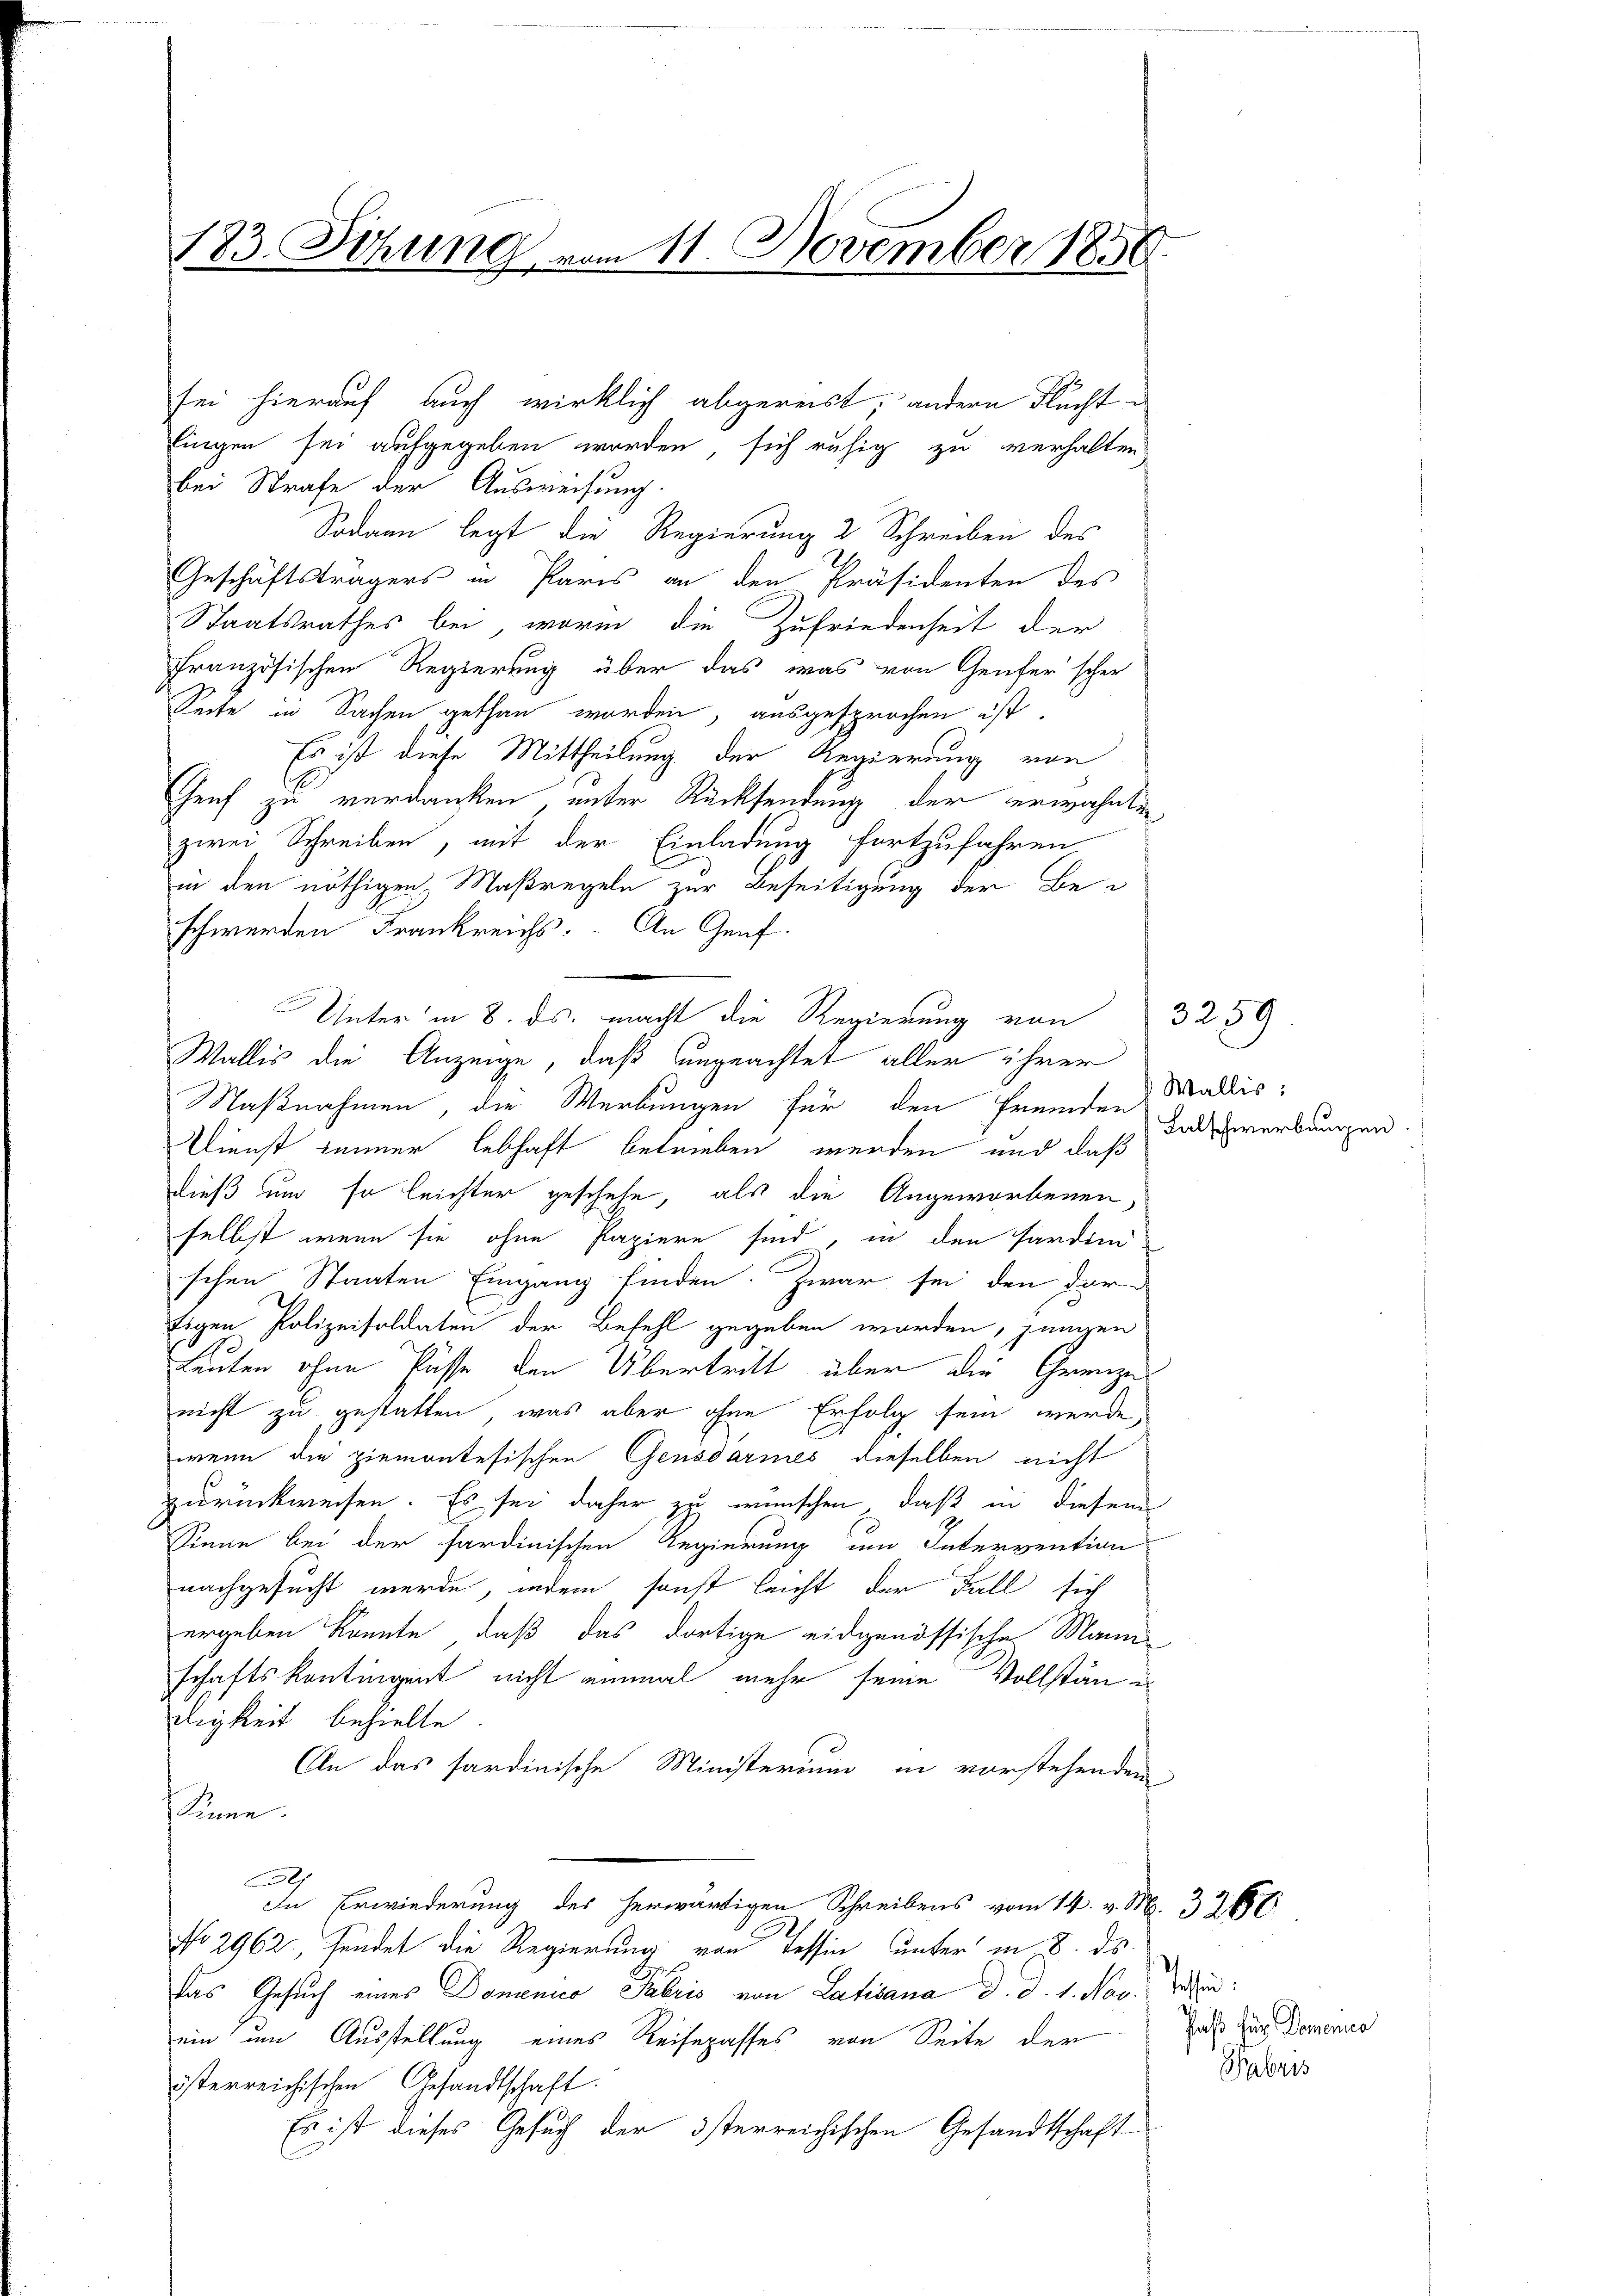
183. Sitzung vom 11. November 1850.

fingen sei aufgegeben worden, sich ruhig zu verhalten
bei Strafe der Ausweisung.
Sodann legt die Regierung 2 Schreiben des
W.
Geschäftsträgers in Paris an den Präsidenten des
Staatsrathes bei, worin die Zufriedenheit der
französischen Regierung über das was von Genfer scher
Seite in Sachen gethan worden, ausgesprochen ist.
Es ist diese Mittheilung der Regierung von
Genf zu verdanken unter Rücksendung der erwähnte
zwei Schreiben, mit der Einladung fortzufahren
in den nöthigen Maßregeln zur Beseitigung der Be-
schwerden Frankreichs. An Genf.
Wallis die Anzeige, daß ungeachtet aller ihrer
Maßnahmen, die Werbungen für den fremden Wallis¬
Dienst inner lebhaft betrieben werden und daß
dieß und so leichter geschehe, als die Angeworbenen,
selbst wenn sie ohne Papiere sind, in den Pardini-
schen Staaten Eingang finden. Zwar sei den dar-
figen Polizeisoldaten der Befehl gegeben worden, jungen
Leuten ohne Pässe den Übertritt über die Grenze
nicht zu gestatten, was aber ohne Erfolg sein werde,
wenn die piemontesischen Gensdarmes dieselben nicht
zurückweisen. Es sei daher zu wünschen, daß in diesem
Sinne bei der sardinischen Regierung um Intervention
nachgesucht werde, indem sonst leicht der Fall sich
ergeben könnte, daß das dortige eidgenössische Mann
schaftskontingent nicht einmal mehr seine Vollstän
digkeit behielte.
An das sardinische Ministerium in vorstehenden
sne.
l
In Erwiederung des herwärtigen Schreibens vom 14. v. M. 32650
No 2962, sendet die Regierung von Tessin unter in 8. ds.
Das Gesŭch eines Domenico Fabris von Latisana d. d. 1. Nov.
ein um Ausstellung eines Reisepasses von Seite der
österreichischen Gesandtschaft.
Es ist dieses Gesuch der österreichischen Gesandtschaft

sei hierauf auch wirklich abgereist, andern Flucht¬

Unter in 8. ds. macht die Regierung von

3259.
Falschwerbaugen.

Pestan
Haß für Domenia
Fabris